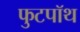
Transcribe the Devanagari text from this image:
फुटपॉथ